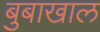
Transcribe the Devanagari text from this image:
बुबाखाल